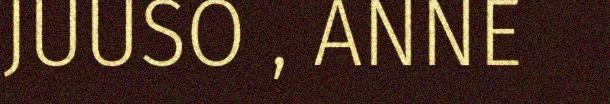
JUUSO , ANNE